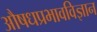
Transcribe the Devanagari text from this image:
औषधप्रभावविज्ञान